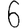
Digit: 6